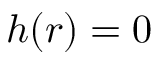
h ( r ) = 0